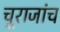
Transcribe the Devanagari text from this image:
चूराजांच